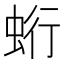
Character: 𧊽